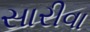
સારીવા